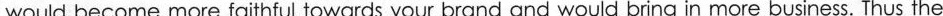
would become more faithful towards your brand and would bring in more business. Thus the